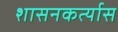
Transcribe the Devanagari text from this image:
शासनकर्त्यास